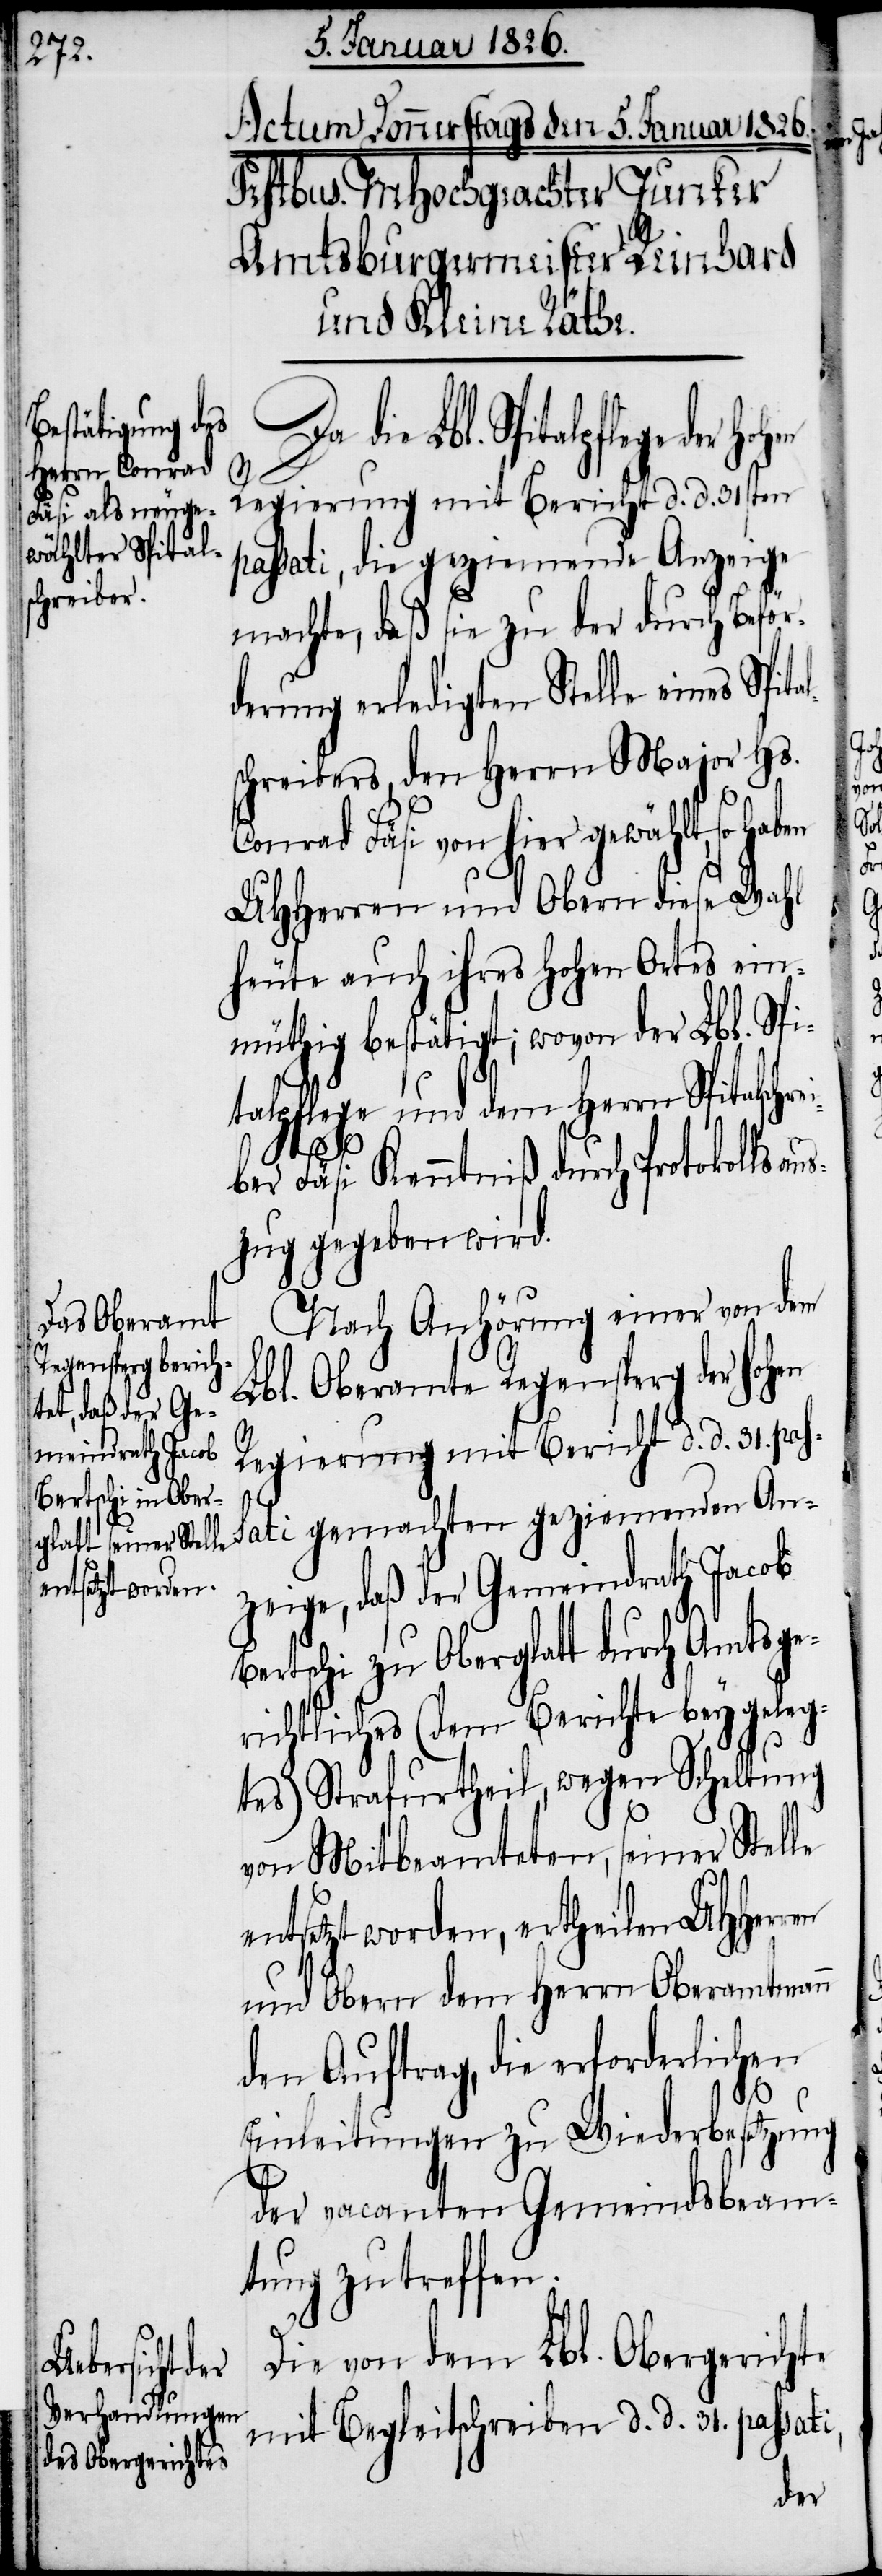
Da die Lbl. Spitalpflege der
Regierung mit Bericht d. d. 31sten
passati, die geziemende Anzeige
machte, daß sie zu der durch Beför¬
derung erledigten Stelle eines Spi¬
schreibers, den Herrn Major Hs.
Conrad Fäsi von hier gewählt, so haben
UHHerren und Obern diese Wahl
heute auch ihres Hohen Ortes ein¬
müthig bestätigt; wovon der Lbl. Spi¬
talpflege und dem Herrn Spitalschre¬
tal¬
iber Fäsi Kenntniß durch Protokollsaus¬
zug gegeben wird.
Nach Anhörung einer von dem
Lbl. Oberamte Regensperg der hohen
Regierung mit Bericht d. d. 31. pas¬
sati gemachten geziemenden An¬
zeige, daß der Gemeindrath Jacob
Bertschi zu Oberglatt durch Amtsge¬
richtliches (dem Berichte beygeleg¬
tes) Strafurtheil, wegen Scheltung
von Mitbeamteten, seiner Stelle
entsetzt worden, ertheilen UHHerren
und Obern dem Herrn Oberamtmann
den Auftrag, die erforderlichen
Einleitungen zu Wiederbesetzung
der vacanten Gemeindsbeam¬
tung zu treffen.
Die von dem Lbl. Obergerichte
mit Begleitschreiben d. d. 31. passati,